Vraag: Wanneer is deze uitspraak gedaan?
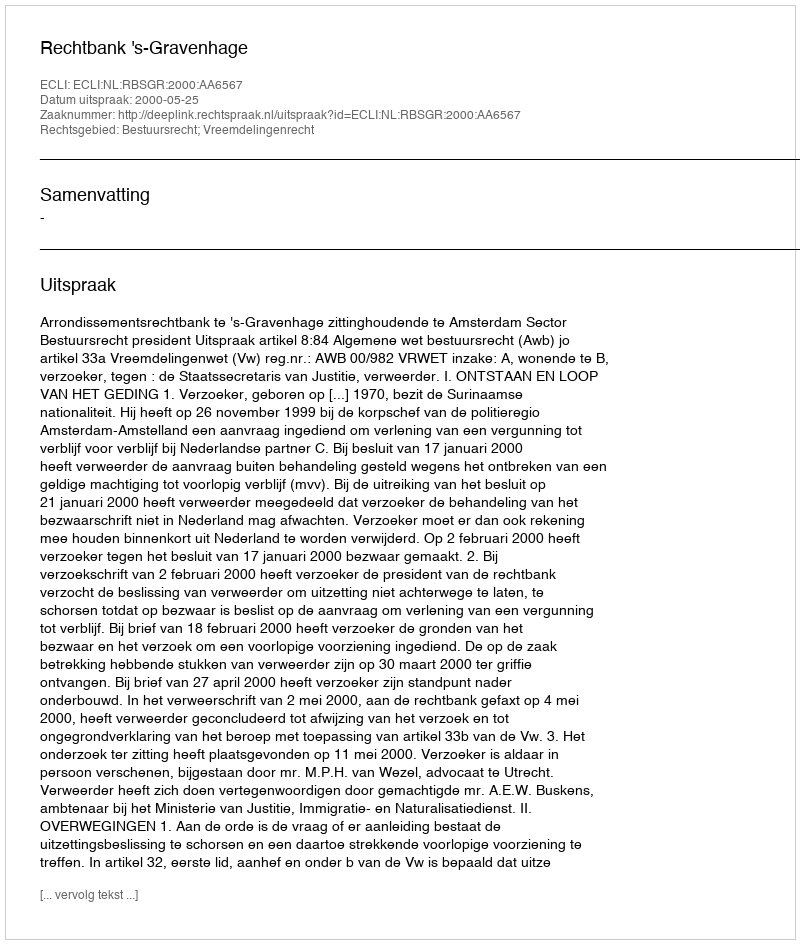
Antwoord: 2000-05-25